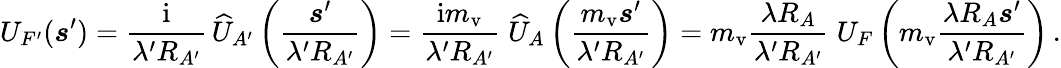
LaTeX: U_{F^{\prime}}(\boldsymbol s^{\prime})={\frac{\mathrm{i}}{\lambda^{\prime}R_{A^{\prime}}}}\, \widehat U_{A^{\prime}}\left({\frac{\boldsymbol s^{\prime}}{\lambda^{\prime}R_{A^{\prime}}}}\right)={\frac{\mathrm{i}m_{\mathrm{v}}}{\lambda^{\prime}R_{A^{\prime}}}}\; \widehat U_{A}\left({\frac{m_{\mathrm{v}}\boldsymbol s^{\prime}}{\lambda^{\prime}R_{A^{\prime}}}}\right)=m_{\mathrm{v}}{\frac{\lambda R_{A}}{\lambda^{\prime}R_{A^{\prime}}}}\; U_{F}\left(m_{\mathrm{v}}{\frac{\lambda R_{A}\boldsymbol s^{\prime}}{\lambda^{\prime}R_{A^{\prime}}}}\right)\, .